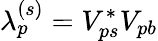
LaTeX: \lambda_{p}^{(s)}=V_{ps}^{*}V_{pb}